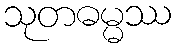
သုတဓမ္မဿ